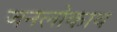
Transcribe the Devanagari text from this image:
जनलोकाय